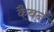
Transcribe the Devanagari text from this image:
कैवर्न